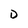
Character: D